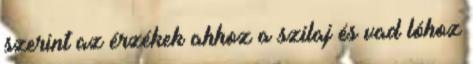
szerint az érzékek ahhoz a szilaj és vad lóhoz